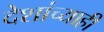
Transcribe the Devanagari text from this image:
देशांच्याही